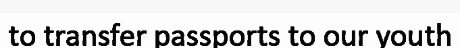
to transfer passports to our youth